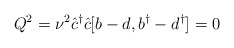
\begin{align*}Q^{2} = {\nu}^{2}\hat{c}^{\dagger}\hat{c}[b - d, b^{\dagger}- d^{\dagger}] = 0\end{align*}